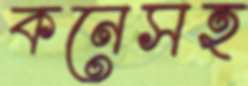
কনেসহ